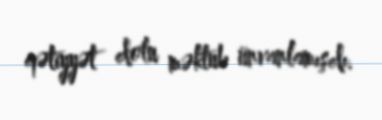
qətiyyət dolu məktub ünvanlamışdı.